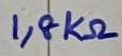
Text: 1,8KΩ